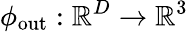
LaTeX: \phi_{\mathrm{out}}:\mathbb{R}^{D}\to\mathbb{R}^{3}